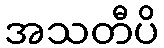
အသတီပိ